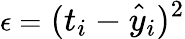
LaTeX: \epsilon=\large(t_{i}-\hat{y}_{i}\large)^{2}